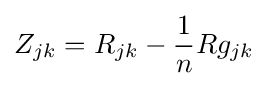
Z_{jk}=R_{jk}-{\frac {1}{n}}Rg_{jk}